Report of the King Institute of Preventive Medicine, Guindy
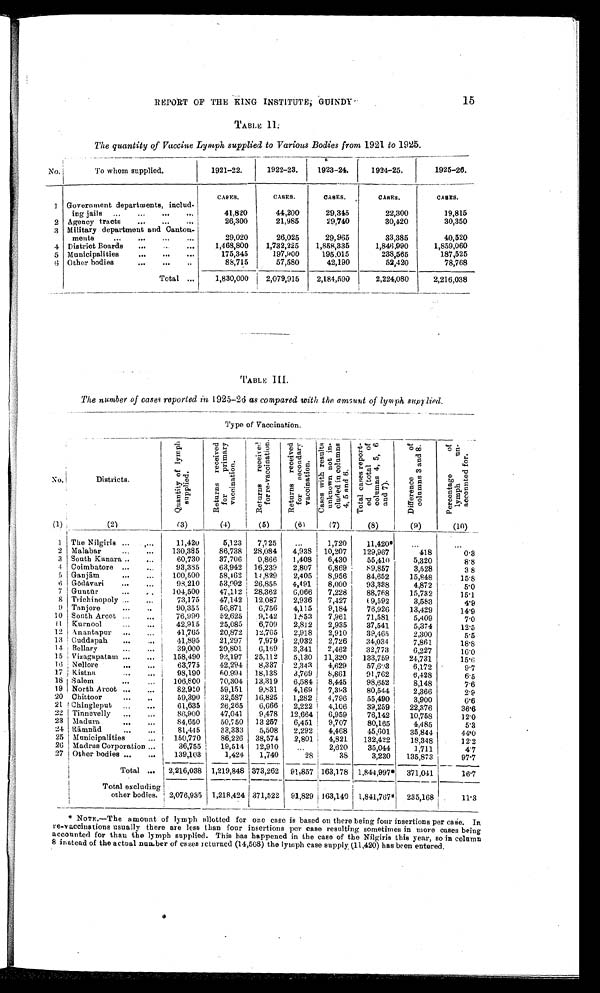
15
REPORT OF THE KING INSTITUTE, GU1NDY
TABLE II.
The quantity of Vaccine Lymph supplied to Various Bodies from 1921 to 1925.
No.
T o w h o m s u p p l i e d .
1921-22.
1922-23.
1 9 2 3 - 2 4 .
1924-25.
1925-26.
CASES.
CASES.
CASES.
CASES,
C A S E S .
1
Government departments, includ -
ing jails . . .
41,820
44,200
29,345
22,300
19,815
2
Agency tracts . . .
26,300
21,985
29,740
30,420
30,350
3 Military department and Canton -
ments . . .
29,020
26,025
29,965
33,385
40,520
4
District Boards . . .
1,468,800
1,732,225
1,858,335
1,846,990
1,859,060
5
Municipalities . . .
175,345
197,900
195,015
238,565
187,525
6 Other bodies . . .
88,715
57,580
42,190
52,420
78,768
Total
. . .
1,830,000
2,079,915
2,184,590
2,224,080
2,216,038
TABLE III.
The number of cases reported in 1925-26 as compared with the a mount of lymph supplied.
Type of Vaccination.
No.
Districts.
Q u a n t i t y o f l y m p h s u p p l i e d .
R e t u r n s r e c e i v e d f o r p r i m a r y v a c c i n a t i o n .
R e t u r n s r e c e i v e d f o r r e - v a c c i n a t i o n .
R e t u r n s r e c e i v e d f o r s e c o n d a r y v a c c i n a t i o n .
C a s e s wi t h r e s u l t s u n k n o wn n o t i n - c l u d e d i n c o l u mn s 4 , 5 a n d 6 .
T o t a l c a s e s r e p o r t - e d ( t o t a l o f c o l u m n s 4 , 5 , 6 a n d 7 ) .
D i f f e r e n c e o f c o l u m s 3 a n d 8 .
P e r c e n t a g e o f l y m p h u n - a c c o u n t e d f o r .
(1)
(2)
(3)
(4)
(5)
(6)
(7)
(8)
(9)
(10)
1
The Nilgiris . . .
11,420
5,123
7,725
. . .
1,720
11,420*
. . .
. . .
2
Malabar . . .
130,385
86,738
28,084
4,938
10,207
129,967
418
0.3
3
South Kanara . . .
60,730
37,706
0,866
1,408
6,430
55,410
5,320
8.8
4
Coimbatore . . .
93,385
63,942
16,239
2,807
6,869
89,857
3,528
3.8
5
Ganjām . . .
100,500
58,162
14,829
2,405
8,956
84,652
15,848
15.8
6
Gō dåvari . . .
98,210
53,992
26,855
4,491
8,000
93,338
4,872
5.0
7
Guntū r . . .
104,500
47,112
28,362
6,066
7,228
88,768
15,732
15.1
8
Trichinopoly . . .
73,175
47,142
12,087
2,936
7,427
6 9 , 5 9 2
3,583
4.9
9
Tanjore . . .
90,355
56,871
6,756
4,115
9,184
76,926
13,429
14.9
10
South Arcot . . .
76,990
52,625
9,142
1,853
7,961
71,581
5,409
7.0
11
Kurnool . . .
42,915
25,085
6,709
2,812
2,935
37,541
5,374
12.5
12 Anantapur . . .
41,765
20,872
12,765
2,918
2,910
39,465
2,300
5.5
13
Cuddapah . . .
41,895
21,297
7,979
2,032
2,726
34,034
7,861
18.8
14 Bellary . . .
39,000
20,801
6,169
3,341
2,462
32,773
6,227
16.0
15
Vizagapatam . . .
158,490
92,197
25,112
5,130
11,320
133,759
24,731
15.6
16 Nellore . . .
63,775
42,294
8,337
2,343
4,629
57,603
6,172
9.7
17
Kistna . . .
98,190
60,994
18,138
3,769
8,861
91,762
6,428
6.5
18 Salem . . .
106,800
70,304
13,319
6,584
8,445
98,652
8,148
7.6
19
North Arcot . . .
82,910
59,151
9,831
4,169
7,393
80,544
2,366
2.9
20
Chittoor . . .
59,390
3 2 , 5 8 7
16,825
1,282
4,796
55,490
3,900
6.6
21 Chingleput . . .
61,635
26,265
6,666
2,222 4,106
39,259
22,376
36.6
22 zinnevelly . . .
86,900
47,041
9,478
12,664
6,959
76,142
10,758
12.0
23
Madura . . .
84,650
50,7 50
13 257
6,451
9,707
80,165
4,485
5.3
24 Rā mnā d . . .
81,445
33,333
5,508
2,292
4,468
45,601
35,844
44.0
25
Municipalities . . .
150,770
86,226
38,574
2,801
4,821
132,422
18,348
12.2
26
Madras Corporation . . .
36,755
19,514
12,910
. . .
2,620
35,044
1,711
4.7
27 Other bodies. . .
139,103
1,424
1,740
28
38
3,230
135,873
97.7
Total . . .
2,216,03
1,219,848 373,262
91,857 163,178
1,844,997*
371,041
16.7
Total excluding
other bodies.
2,076,935
1,218,424 371,522
91,829
163,140
1,841,767*
2 3 5 , 1 6 8
11.3
* NOTE.—The amount of lymph allotted for one case is based on there being four insertions per case. In
re-vaccinations usually there are less than four insertions per case resulting sometimes in more cases being
accounted for than the lymph supplied. This has happened in the case of the Nilgiris this year, so in column
8 instead of the actual number of cases returned (14,568) the lymph case supply (11,420) has been entered.